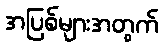
အပြစ်များအတွက်